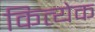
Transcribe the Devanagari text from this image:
कित्‍येक